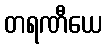
တရဏီယေ